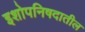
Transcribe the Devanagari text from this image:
इशोपनिषदातील